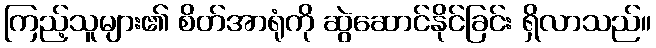
ကြည့်သူများ၏ စိတ်အာရုံကို ဆွဲဆောင်နိုင်ခြင်း ရှိလာသည်။